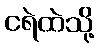
ငရဲထဲသို့